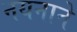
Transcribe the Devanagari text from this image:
नयनाने